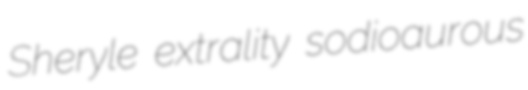
Sheryle extrality sodioaurous